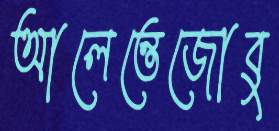
আলেন্তেজোবু